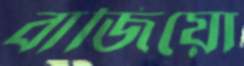
বাজিয়ো